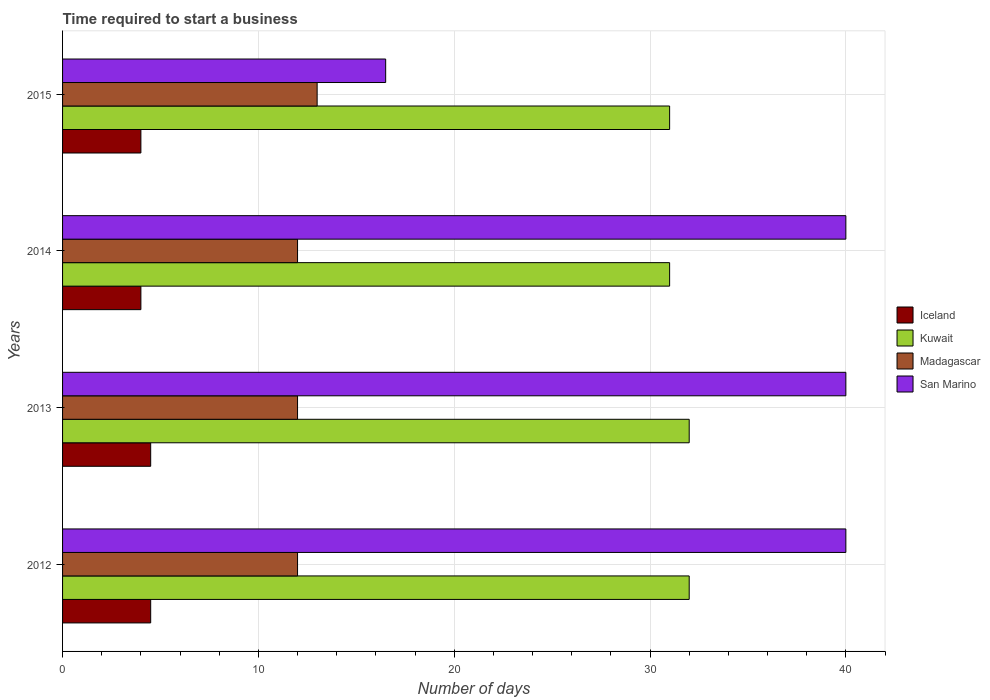
| Years | Iceland | Kuwait | Madagascar | San Marino |
 | --- | --- | --- | --- | --- |
 | 2012 | 4.5 | 32 | 12 | 40 |
 | 2013 | 4.5 | 32 | 12 | 40 |
 | 2014 | 4 | 31 | 12 | 40 |
 | 2015 | 4 | 31 | 13 | 16.5 |